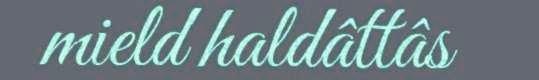
mield haldâttâs